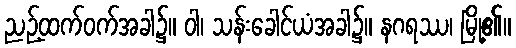
ညဉ့်ထက်ဝက်အခါ၌။ ဝါ၊ သန်းခေါင်ယံအခါ၌။ နဂရဿ၊ မြို့၏။